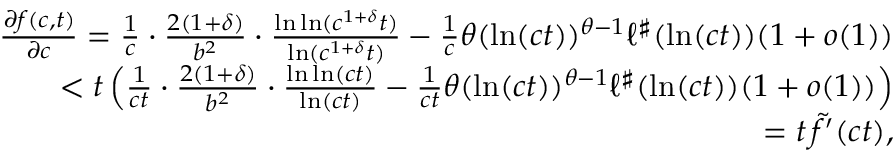
\begin{array} { r l r } & { } & { \frac { \partial f ( c , t ) } { \partial c } = \frac { 1 } { c } \cdot \frac { 2 ( 1 + \delta ) } { b ^ { 2 } } \cdot \frac { \ln \ln ( c ^ { 1 + \delta } t ) } { \ln ( c ^ { 1 + \delta } t ) } - \frac { 1 } { c } \theta ( \ln ( c t ) ) ^ { \theta - 1 } \ell ^ { \sharp } ( \ln ( c t ) ) ( 1 + o ( 1 ) ) } \\ & { } & { < t \left( \frac { 1 } { c t } \cdot \frac { 2 ( 1 + \delta ) } { b ^ { 2 } } \cdot \frac { \ln \ln ( c t ) } { \ln ( c t ) } - \frac { 1 } { c t } \theta ( \ln ( c t ) ) ^ { \theta - 1 } \ell ^ { \sharp } ( \ln ( c t ) ) ( 1 + o ( 1 ) ) \right) } \\ & { } & { = t \, \tilde { f } ^ { \prime } ( c t ) , } \end{array}